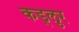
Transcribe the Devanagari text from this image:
कड्लुर